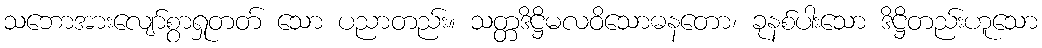
သဘောအားလျော်စွာရှုတတ် သော ပညာတည်း။ သတ္တဒိဋ္ဌိမလဝိသောဓနတော၊ ခုနစ်ပါးသော ဒိဋ္ဌိတည်းဟူသော